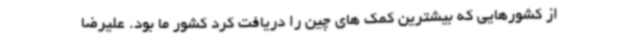
از کشورهایی که بیشترین کمک های چین را دریافت کرد کشور ما بود. علیرضا